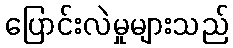
ပြောင်းလဲမှုများသည်